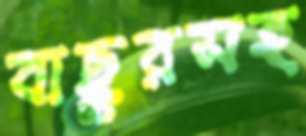
বাছুরসহ